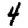
Digit: 4